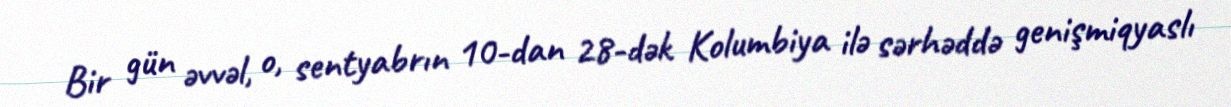
Bir gün əvvəl, o, sentyabrın 10-dan 28-dək Kolumbiya ilə sərhəddə genişmiqyaslı